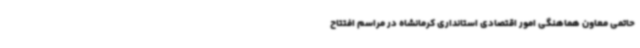
حاتمی معاون هماهنگی امور اقتصادی استانداری کرمانشاه در مراسم افتتاح